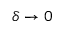
\delta \to 0